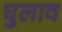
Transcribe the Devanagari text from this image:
घुलाव